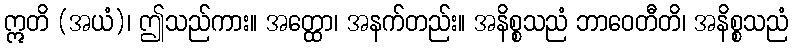
ဣတိ (အယံ)၊ ဤသည်ကား။ အတ္ထော၊ အနက်တည်း။ အနိစ္စသညံ ဘာဝေတီတိ၊ အနိစ္စသညံ